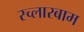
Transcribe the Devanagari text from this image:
स्च्लारबाम